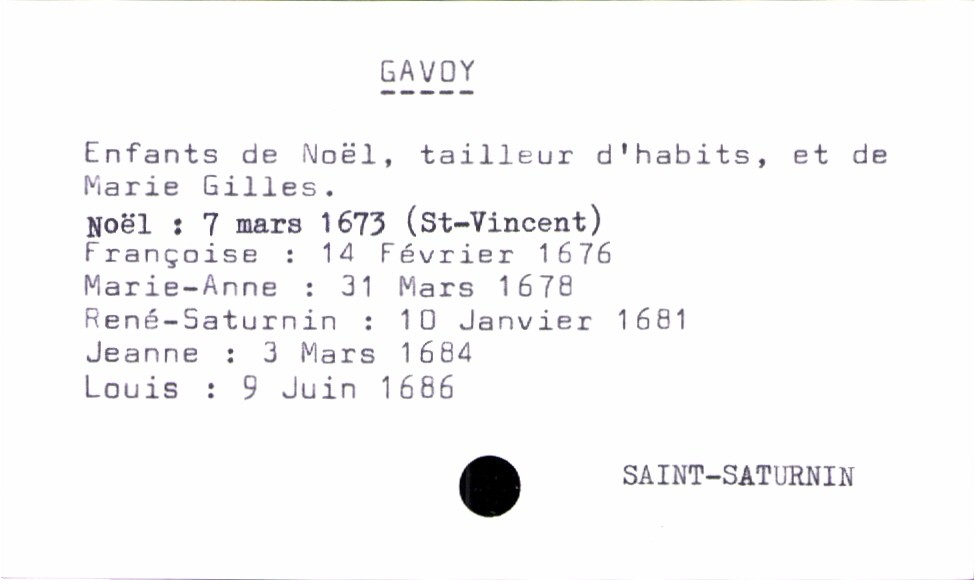
type_acte: Baptême
filiation: fils
enfant_prénom: Louis
enfant_date_de_naissance: 9 juin 1686
enfant_lieu_de_naissance: Saint-Saturnin
père_enfant_nom: Gavoy
père_enfant_prénom: Noël
père_enfant_profession: tailleur d'habits
mère_enfant_nom: Gilles
mère_enfant_prénom: Marie